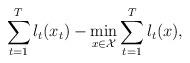
LaTeX: \begin{align*}\sum_{t=1}^{T}l_t(x_t)-\min_{x\in\mathcal{X}}\sum_{t=1}^{T}l_t(x),\end{align*}